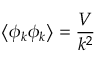
\left\langle \phi _ { k } \phi _ { k } \right\rangle = { \frac { V } { k ^ { 2 } } }